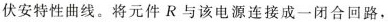
伏安特性曲线。将元件R与该电源连接成一闭合回路，